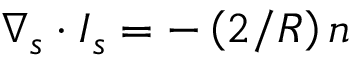
\nabla _ { s } \cdot \boldsymbol { I } _ { s } = - \left( { 2 } / { R } \right) \boldsymbol { n }